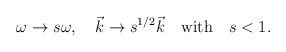
\begin{align*}\omega\to s\omega,\quad \vec k\to s^{1/2} \vec k\quad {\rm with} \quad s<1.\end{align*}